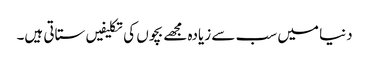
دنیا میں سب سے زیادہ مجھے بچوں کی تکلیفیں ستاتی ہیں۔